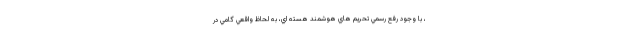
، با وجود رفع رسمي تحريم هاي هوشمند هسته اي، به لحاظ واقعي گامي در